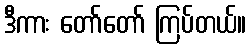
ဒီကား တော်တော် ကြပ်တယ်။